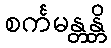
စင်္ကမန္တန္တိ